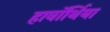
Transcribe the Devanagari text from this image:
हावॉर्थिया